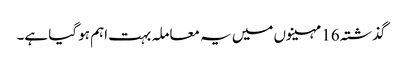
گذشتہ 16 مہینوں میں یہ معاملہ بہت اہم ہو گیا ہے۔